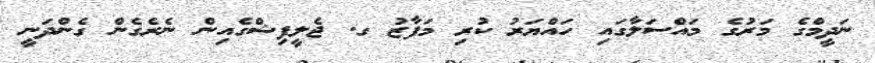
ނަދީމްގެ މަރުގެ މައްސަލާގައި ހައްޔަރު ކުރި މަފާޒު ގ. ޖެލީފިޝްގެއިން ނެރެގެން ގެންދަނީ